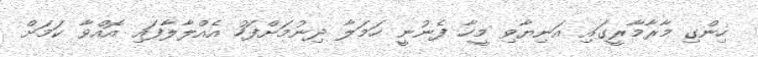
ހިންގި މާރާމާރީގައި އަނިޔާވި މީހާ ފެނުނީ ހަމަލާ ދިނުމަށްފަހު އެއްލާލާފައި އޮއްވާ ކަމަށް